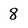
Character: 8